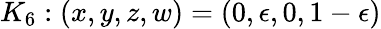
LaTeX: K_{6}:(x,y,z,w)=(0,\epsilon,0,1-\epsilon)